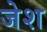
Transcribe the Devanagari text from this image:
जेश